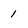
Character: 1